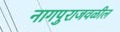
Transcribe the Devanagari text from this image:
नागपुराजवळील